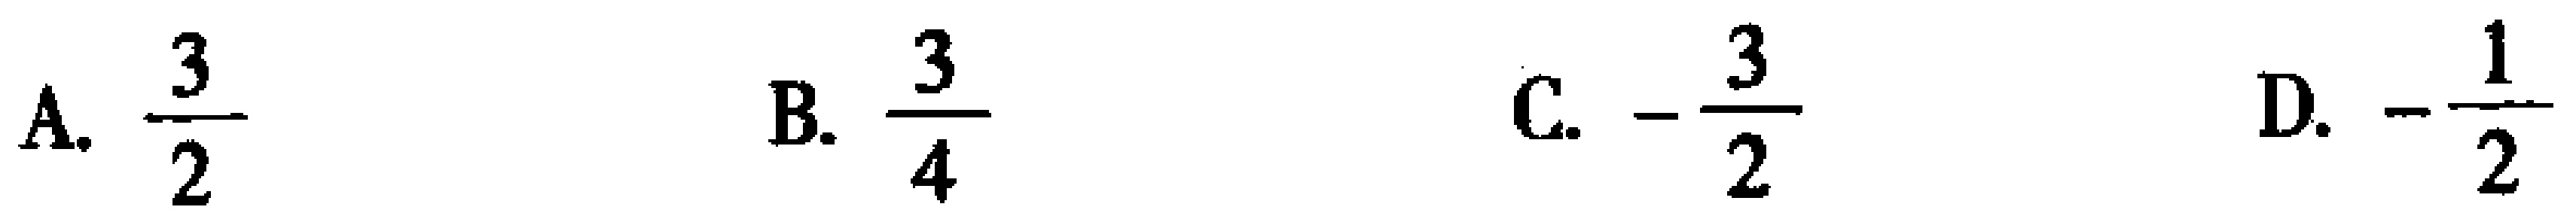
A. $\frac{3}{2}$  B. $\frac{3}{4}$  C. $-\frac{3}{2}$  D. $-\frac{1}{2}$